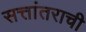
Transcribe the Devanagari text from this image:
सत्तांतराची